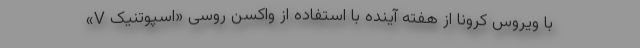
با ویروس کرونا از هفته آینده با استفاده از واکسن روسی «اسپوتنیک V»